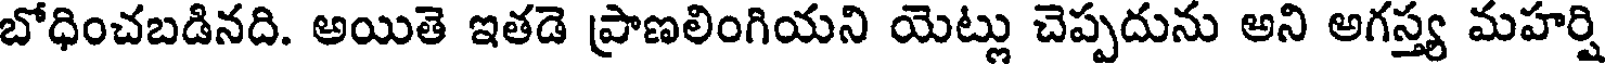
బోధించబడినది. అయితె ఇతడె ప్రాణలింగియని యెట్లు చెప్పదును అని అగస్త్య మహర్షి